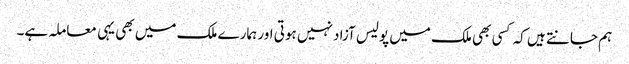
ہم جانتے ہیں کہ کسی بھی ملک میں پولیس آزاد نہیں ہوتی اور ہمارے ملک میں بھی یہی معاملہ ہے۔